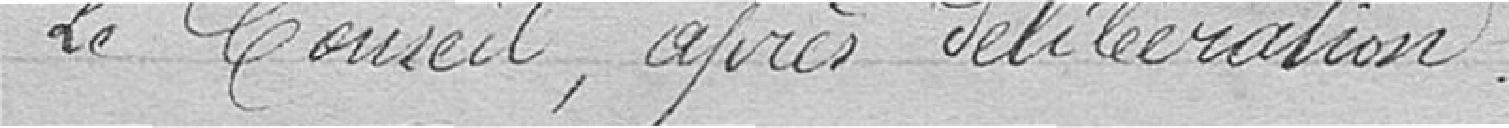
Le Conseil, après délibération :